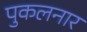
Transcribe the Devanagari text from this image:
पुकलनार